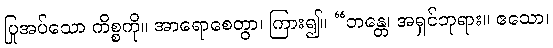
ပြုအပ်သော ကိစ္စကို။ အာရောစေတွာ၊ ကြား၍။ “ဘန္တေ၊ အရှင်ဘုရား။ ဧသော၊